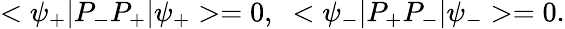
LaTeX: <\psi_{+}|P_{-}P_{+}|\psi_{+}>=0,\; \; <\psi_{-}|P_{+}P_{-}|\psi_{-}>=0.